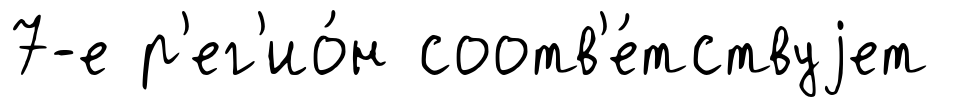
7-е р'ег'ио́н соотв'е́тствуjет